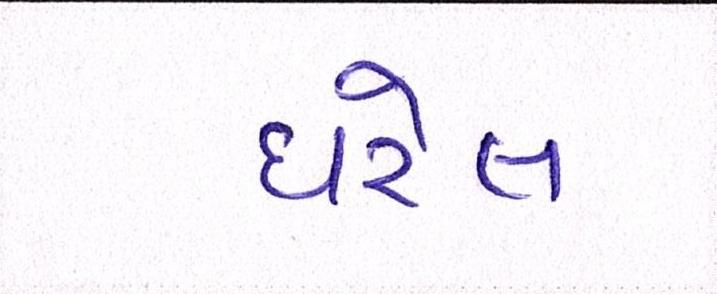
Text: ધરેલ